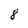
Character: 8